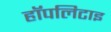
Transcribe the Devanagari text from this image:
हॉपलिटाइ